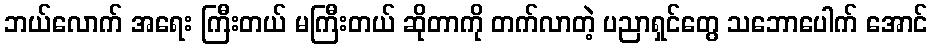
ဘယ်လောက် အရေး ကြီးတယ် မကြီးတယ် ဆိုတာကို တက်လာတဲ့ ပညာရှင်တွေ သဘောပေါက် အောင်